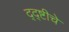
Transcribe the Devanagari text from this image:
द्द्ष्टीचे